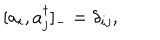
[ a _ { i } , a _ { j } ^ { \dagger } ] _ { - } = \delta _ { i j } ,